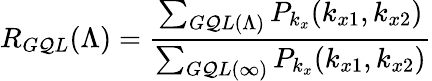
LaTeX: R_{G\mathcal{Q}L}(\Lambda)=\frac{{\sum_{G\mathcal{Q}L(\Lambda)}P_{k_{x}}(k_{x1},k_{x2})}}{{\sum_{G\mathcal{Q}L(\infty)}P_{k_{x}}(k_{x1},k_{x2})}}